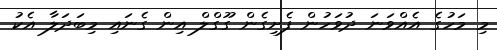
މިި މަހުގެ އެއްވަނަ ދުވަހުން ފެށިގެން ގޫގްލް އިން ގެނައި މިބަދަލާ އެކު